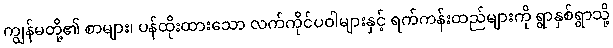
ကျွန်မတို့၏ စာများ၊ ပန်ထိုးထားသော လက်ကိုင်ပဝါများနှင့် ရက်ကန်းထည်များကို ရွာနှစ်ရွာသို့